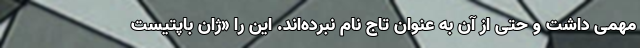
مهمی داشت و حتی از آن به عنوان تاج نام نبرده‌اند. این را «ژان باپتیست